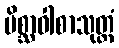
မိစ္ဆာဝါစာသုတ္တံ